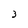
Character: 3